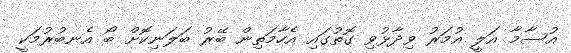
އުސާމާ އަލީ އުމަރު ވިދާޅުވި ގޮތުގައި އެހާމަތިން ބޭރު ބަލަނިކޮށް ބޯ އެނބުރުމަކީ